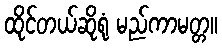
ထိုင်တယ်ဆိုရုံ မည်ကာမတ္တ။